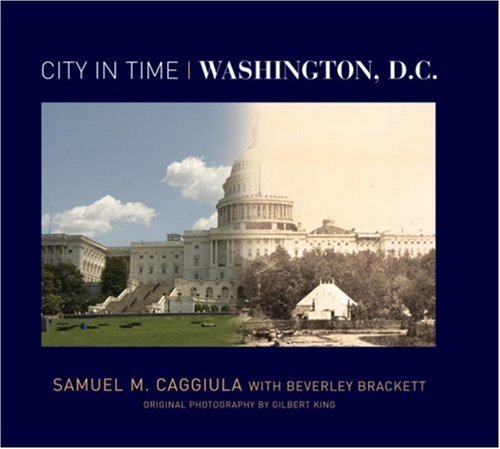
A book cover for City in Time: Washington, D.C.; Samuel M. Caggiula; Travel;